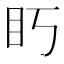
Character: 䀎